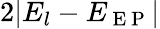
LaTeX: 2|E_{l}-E_{\mathrm{~E~P~}}|